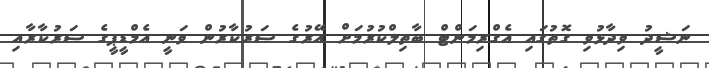
ނަޝީދު ވިދާޅުވި ގޮތުގައި އެގްރިމަންޓް ބާތިލްކުރުމަށް އޭރުގެ ސަރުކާރުން ވަނީ އެމްޑީޕީގެ ސަރުކާރާއި